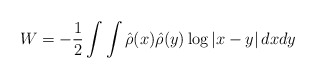
\begin{align*}W= -{1\over 2}\int\int \hat\rho(x)\hat\rho(y) \log\vert x-y\vert\,dxdy\end{align*}